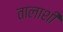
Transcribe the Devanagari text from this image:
तालाशी